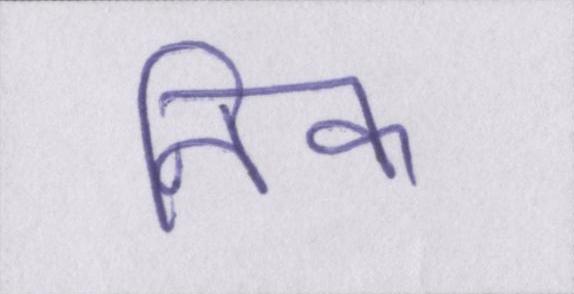
निक